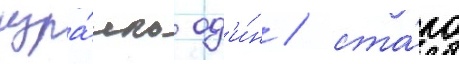
изра́иль од'и́н / ста́ло